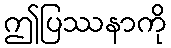
ဤပြဿနာကို